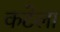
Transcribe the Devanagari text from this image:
कटेला